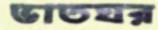
ভাতঘর